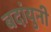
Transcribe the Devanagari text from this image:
बदांयुनी